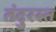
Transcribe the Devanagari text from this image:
तंदुरस्त